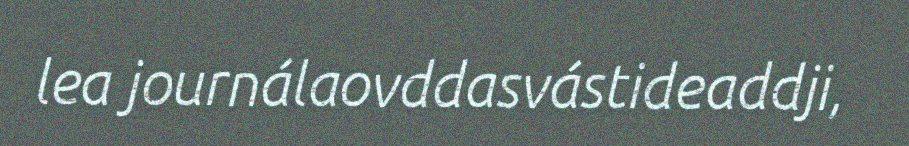
lea journálaovddasvástideaddji,